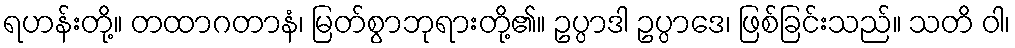
ရဟန်းတို့။ တထာဂတာနံ၊ မြတ်စွာဘုရားတို့၏။ ဥပ္ပာဒါ ဥပ္ပာဒေ၊ ဖြစ်ခြင်းသည်။ သတိ ဝါ၊